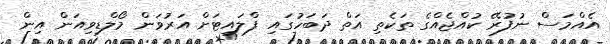
އެއްމަސް ނުފުރޭ ކުއްޖެއްގެ ތަކެތި އަތް ދަބަހުގައި ފްލައިޓަށް އަރުވަން މޯލްޑިވިއަން އިން